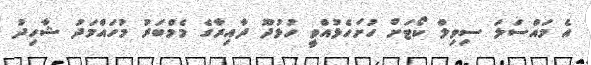
އެ މައްސަލަ ސިވިލް ކޯޓަށް ހުށަހެޅުއްވީ ހުޅުދޫ ދާއިރާގެ މެމްބަރު މުހައްމަދު ޝާހިދު